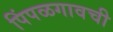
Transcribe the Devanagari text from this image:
पिंपळगावची